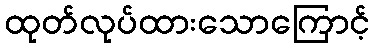
ထုတ်လုပ်ထားသောကြောင့်